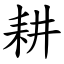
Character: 耕